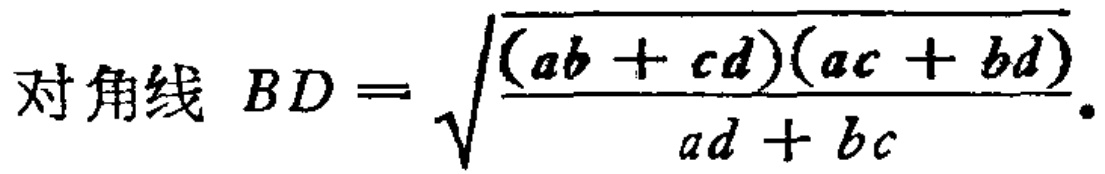
对角线 \(BD = \sqrt{\frac{(ab + cd)(ac + bd)}{ad + bc}}.\)